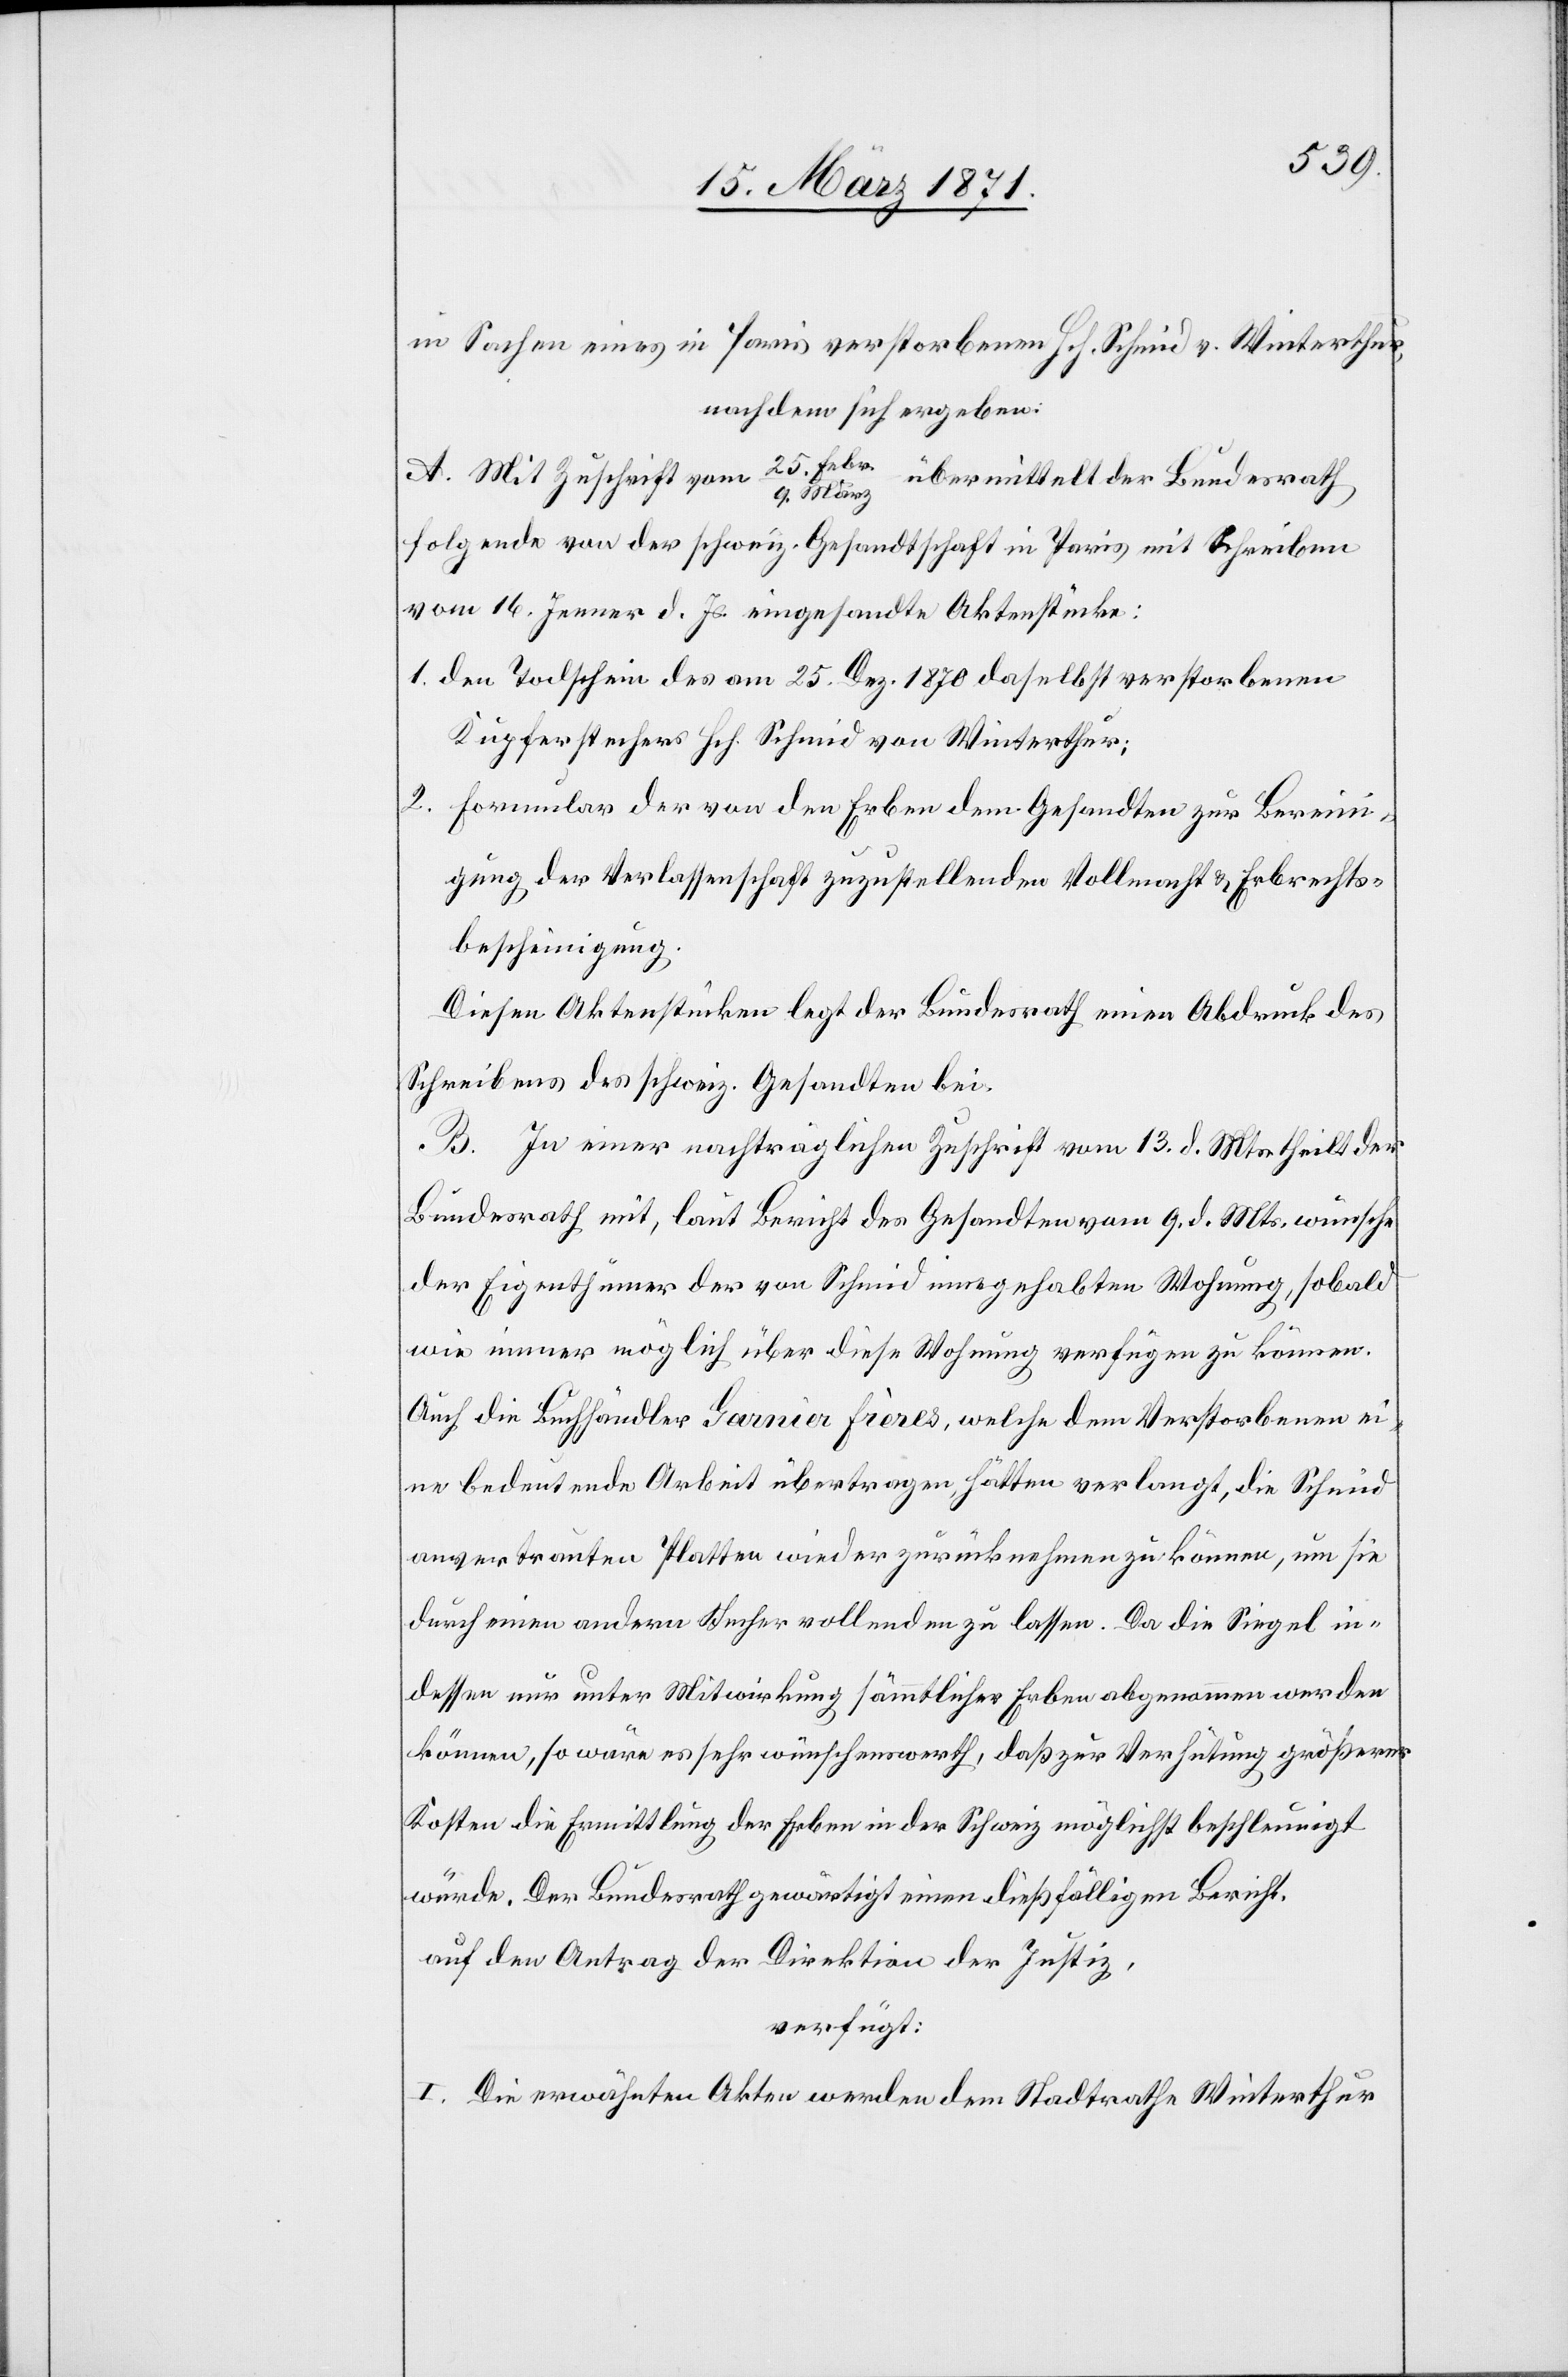
in Sachen eines in Paris verstorbenen Hch. Schmid v. Winterthur,
nachdem sich ergeben:
A. Mit Zuschrift vom 25. Febr./9. März übermittelt der Bundesrath
folgende von der schweiz. Gesandtschaft in Paris mit Schreiben
vom 16. Jenner d. Js. eingesandte Aktenstücke:
1. den Todschein des am 25. Dez. 1870 daselbst verstorbenen
Kupferstecher Hch. Schmid von Winterthur;
2. Formular der von den Erben dem Gesandten zur Berein¬
igung der Verlassenschaft zuzustellenden Vollmacht u. Erbrechts¬
bescheinigung.
Diesen Aktenstücken legt der Bundesrath einen Abdruck des
Schreibens des schweiz. Gesandten bei.
B. In einer nachträglichen Zuschrift vom 14. d. Mts. theilt der
Bundesrath mit, laut Bericht des Gesandten vom 9. d. Mts. wünsche
der Eigenthümer der von Schmid innegehabten Wohnung, sobald
wie immer möglich über diese Wohnung verfügen zu können.
Auch die Buchhändler Garnier Frères, welche dem Verstorbenen ei¬
ne bedeutende Arbeit übertragen, hätten verlangt, die Schmid
anvertrauten Platten wieder zurücknehmen zu können, um sie
durch einen andern Stecher vollenden zu lassen. Da die Siegel in¬
dessen nur unter Mitwirkung sämtlicher Erben abgenommen werden
können, so wäre es sehr wünschenswerth, daß zur Verhütung größerer
Kosten die Ermittlung der Erben in der Schweiz möglichst beschleunigt
würde. Der Bundesrath gewärtigt einen dießfälligen Bericht.
auf den Antrag der Direktion der Justiz,
verfügt:
I. Die erwähnten Akten werden dem Stadtrath Winterthur